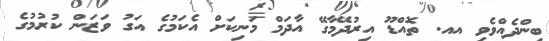
ބިންދެއްވެވި އއ. ތޮއްޑޫ އިރުދޭމާގޭ އާދަމް މަނިކަށް އެކަމުގެ އަގު ވަޒަން ކުރުމުގެ